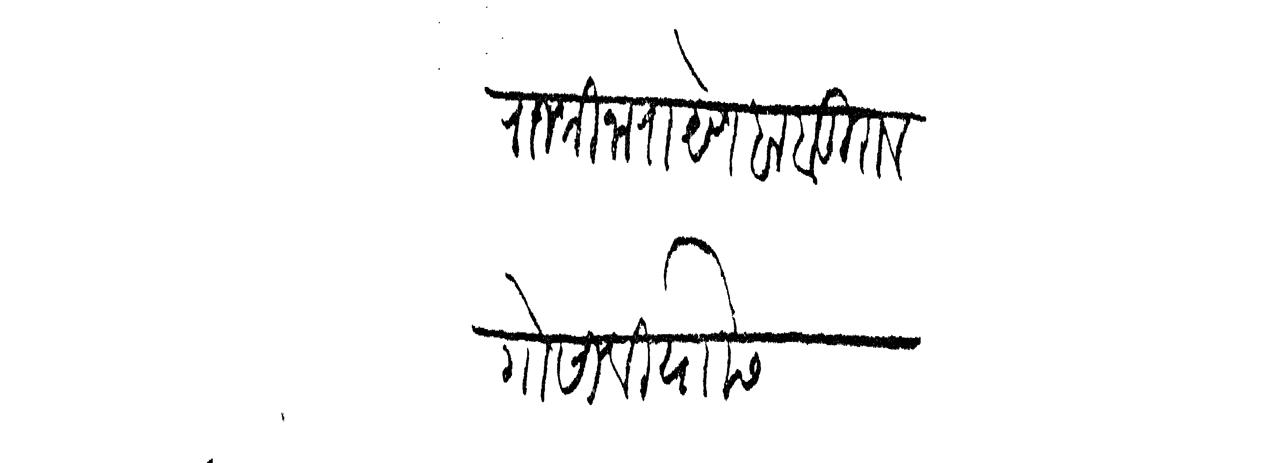
Transliteration (Devanagari): राजश्री नारायेण बाबूराव गोसावी यांसी